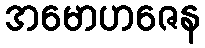
အမောဟဇေန